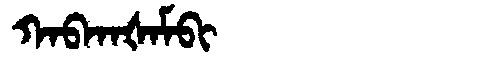
Manchu: ᡴᠠᠪᡴᠠᡧᠠᠮᠪᡳ
Romanization: KABKAŠAMBI